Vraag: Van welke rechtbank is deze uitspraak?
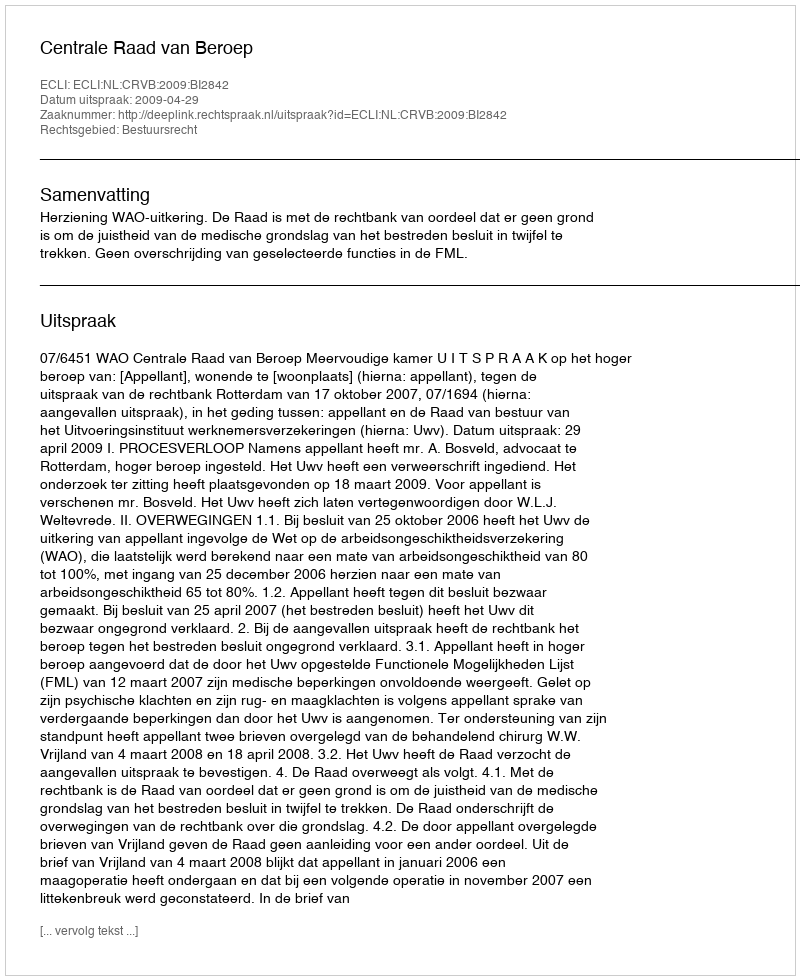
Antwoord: Centrale Raad van Beroep